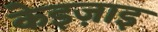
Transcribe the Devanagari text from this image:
केइज़ाइ